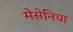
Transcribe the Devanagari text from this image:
मेसेनिया